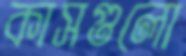
কাসগুলো